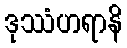
ဒုဿံဟရာနိ